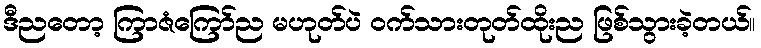
ဒီညတော့ ကြာဇံကြော်ည မဟုတ်ပဲ ဝက်သားတုတ်ထိုးည ဖြစ်သွားခဲ့တယ်။